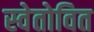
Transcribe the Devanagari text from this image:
स्वेतोवित